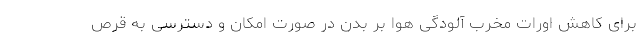
برای کاهش اورات مخرب آلودگی هوا بر بدن در صورت امکان و دسترسی به قرص